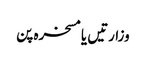
وزارتیں یا مسخرہ پن